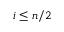
i \le n / 2